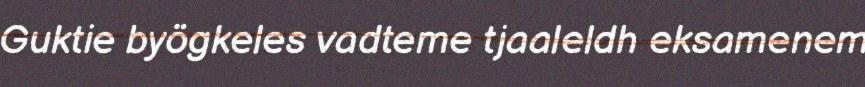
Guktie byögkeles vadteme tjaaleldh eksamenem